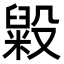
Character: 毇